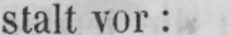
stalt vor: